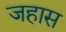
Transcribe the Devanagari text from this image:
जहास